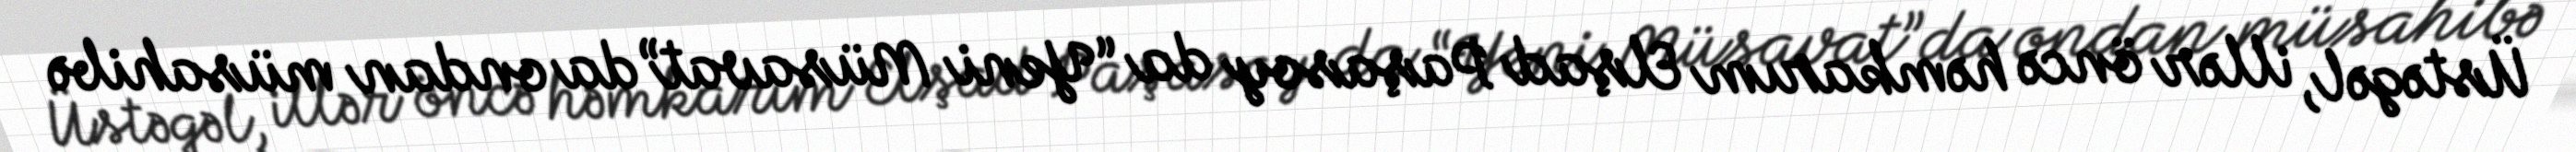
Üstəgəl, illər öncə həmkarım Elşad Paşasoy da “Yeni Müsavat”da ondan müsahibə